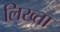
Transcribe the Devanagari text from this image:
लिख्ता